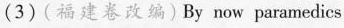
(3)( 福建卷改编)By now paramedics